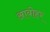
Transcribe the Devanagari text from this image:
आबोहर